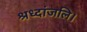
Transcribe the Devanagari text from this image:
श्रध्दांजलि।